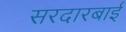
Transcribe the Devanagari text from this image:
सरदारबाई